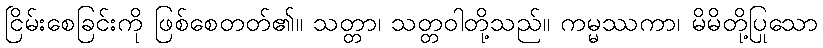
ငြိမ်းစေခြင်းကို ဖြစ်စေတတ်၏။ သတ္တာ၊ သတ္တဝါတို့သည်။ ကမ္မဿကာ၊ မိမိတို့ပြုသော